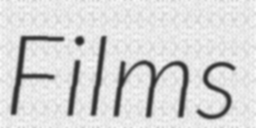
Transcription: Films